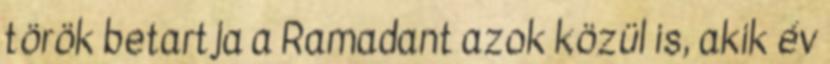
török betartja a Ramadant azok közül is, akik év